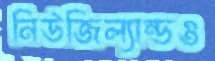
নিউজিল্যান্ডও